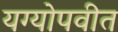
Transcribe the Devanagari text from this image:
यग्योपवीत